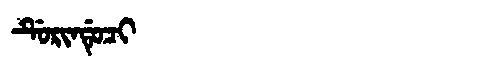
Manchu: ᡩᡠᡵᡳᠨᡩᡠᠴᡳ
Romanization: DURINDUCI